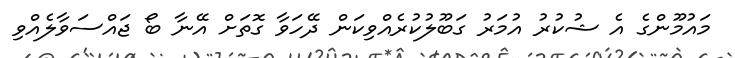
މައުމޫންގެ އެ ޝުކުރު އުމަރު ގަބޫލުކުރެއްވިކަން ދޭހަވާ ގޮތަށް އޭނާ ބޯ ޖައްސަވާލެއްވި